Bombay plague: being a history of the progress of plague in the Bombay presidency from September 1896 to June 1899
Year: 1896
Disease focus: Plague
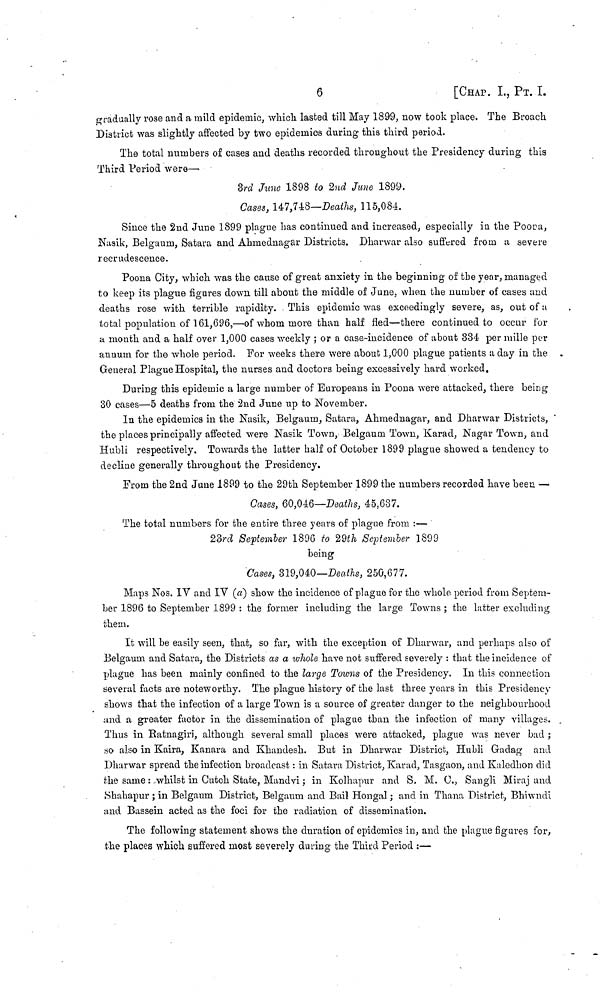
6
[CHAP. I, ΡT. Ι.
gradually rose and a mild epidemic, which lasted till May 1899, now took place, The Broach.
District was slightly affected by two epidemics during this third period.
The total numbers of cases and deaths recorded throughout the Presidency during this
Third Period were—
3rd June 1898 to 2nd June 1899.
Cases, 147,748—Deaths, 115,084.
Since the 2nd June 1899 plague has continued and increased, especially in the Poor a,
Nasik, Belgaum, Satara and Ahinednagar Districts. Dharwar also suffered from a severe
recrudescence.
Poona City, which was the cause of great anxiety in the beginning of the year, managed
to keep its plague figures down till about the middle of June, when the number of cases and
deaths rose with terrible rapidity. This epidemic was exceedingly severe, as, out of u
total population of 161,696,—of whom more than half fled—there continued to occur for
a month and a half over 1,000 cases weekly ; or a case-incidence of about 334 per mille per
annum for the whole period. For weeks there were about 1,000 plague patients a day in the
General Plague Hospital, the nurses and doctors being excessively hard worked.
During this epidemic a large number of Europeans in Poona were attacked, there being
80 cases—5 deaths from the 2nd June up to November.
In the epidemics in the Nasik, Belgaum., Satara, Ahmednagar, and Dharwar Districts,
the places principally affected were Nasik Town, Belgaum Town, Karad, Nagar Town, and
Hubli respectively. Towards the latter half of October 1899 plague showed a tendency to
decline generally throughout the Presidency.
From the 2nd June 1899 to the 29th September 1899 the numbers recorded have been ·—
Cases, 60,046—Deaths, 45,637.
The total numbers for the entire three years of plague from :—
23rd September 1890 to 29th September 1899
being
Cases, 319,040—Deaths, 250,677.
Maps Nos. IV and IV (a) show the incidence of plague for the whole period from Septem-
ber 1896 to September 1899 : the former including the large Towns ; the latter excluding
them.
It will be easily seen, that, so far, with the exception of Dharwar, and perhaps also of
Belgaum and Satara, the Districts as a whole have not suffered severely : that the incidence of
plague has been mainly confined to the large Towns of the Presidency. In this connection
several facts are noteworthy. The plague history of the last three years in this Presidency
shows that the infection of a large Town is a source of greater danger to the neighbourhood
and a greater factor in the dissemination of plague than the infection of many villages.
Thus in Ratnagiri, although several small places were attacked, plague was never bad ;
so also in Kaira, Kanara and Khandesh. But in Dharwar District, Hubli Gadag and
Dharwar spread the infection broadcast : in Satara District, Karad, Tasgaon, and Kaledhon did
the same : whilst in Gutch State, Mandvi ; in Kolhapur and S. M. C., Sangli Miraj and
Shahapur ; in Belgaum District, Belgaum and Bail Hongal ; and in Thana District, Bhiwndi
and Bassein acted as the foci for the radiation of dissemination.
The following statement shows the duration of epidemics in, and the plague figures for,
the places which suffered most severely during the Third Period :—